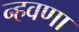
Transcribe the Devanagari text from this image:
न्हवणा